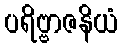
ပရိဗ္ဗာဇနိယံ